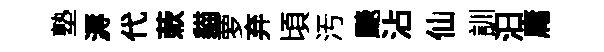
塾溽代蔌貓萝弃頃汚颷沾仙訓汩庸